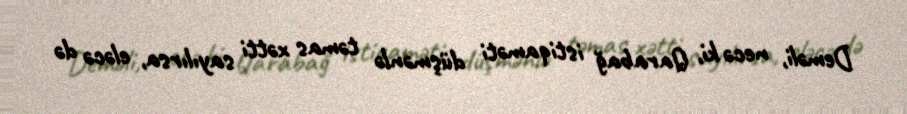
Deməli, necə ki, Qarabağ istiqaməti düşmənlə təmas xətti sayılırsa, eləcə də